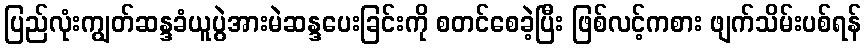
ပြည်လုံးကျွတ်ဆန္ဒခံယူပွဲအားမဲဆန္ဒပေးခြင်းကို စတင်စေခဲ့ပြီး ဖြစ်လင့်ကစား ဖျက်သိမ်းပစ်ရန်